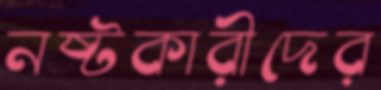
নষ্টকারীদের